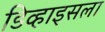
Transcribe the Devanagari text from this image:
डिव्हाइसला